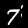
Label: 7